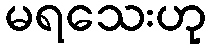
မရသေးဟု